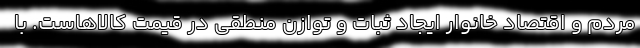
مردم و اقتصاد خانوار ایجاد ثبات و توازن منطقی در قیمت کالاهاست. با